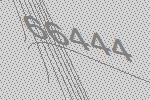
66444